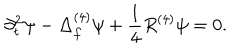
LaTeX: \partial _ { t } ^ { 2 } \psi - \Delta _ { f } ^ { ( 4 ) } \psi + \frac { 1 } { 4 } R ^ { ( 4 ) } \psi = 0 .